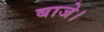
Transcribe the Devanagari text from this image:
बाजे।